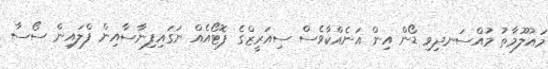
މައުލޫމާތު މުއްސަނދިވި ޑޯން އިން އަނެއްކާވެސް ސިއަރީޒްގެ ފޮޓޯއެއް ނަގައިފިނާސާއިން ފްލައިން ސޯސާ